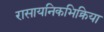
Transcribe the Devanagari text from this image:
रासायनिकभिक्रिया